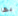
بها